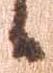
候